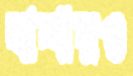
বাশারও